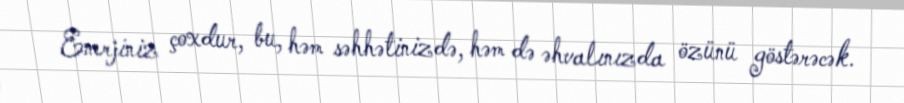
Enerjiniz çoxdur, bu, həm səhhətinizdə, həm də əhvalınızda özünü göstərəcək.